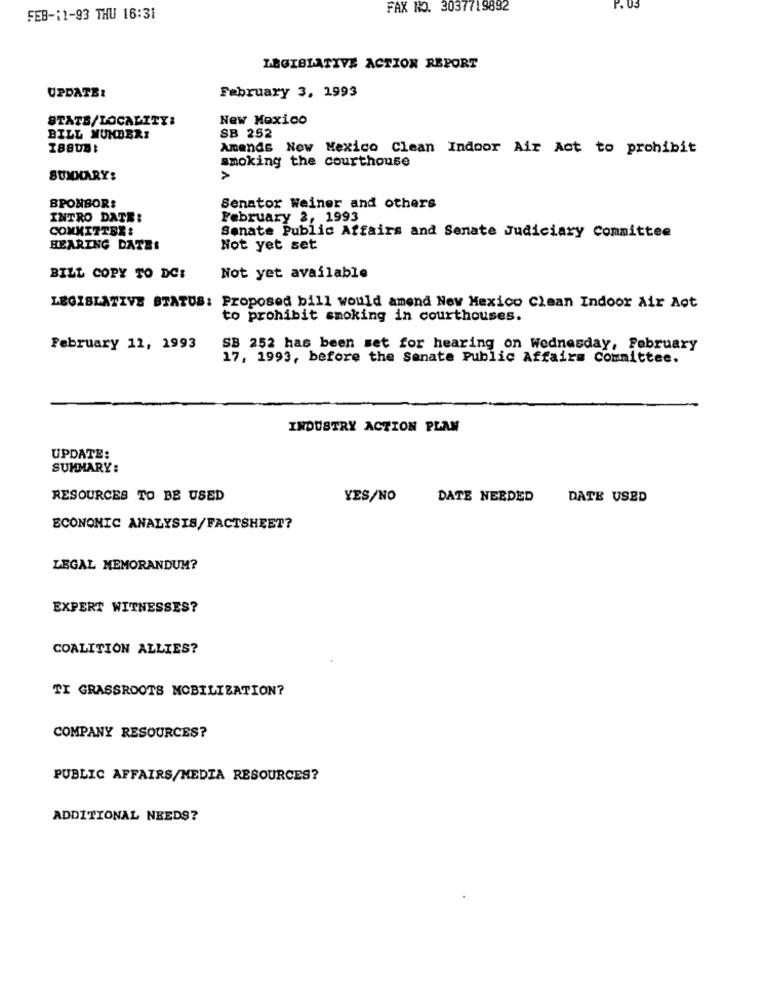
FAX NO. 3037719892
FEB-11-93 THU 16:31
LEGISLATIVE ACTION REPORT
February 3, 1993
UPDATE:
STATS/LOCALITY:
New Mexico
SB 252
BILL NUMBERI
I8808:
Amends New Mexico Clean Indoor Air Act to prohibit
smoking the courthouse
SUMMARY:
>
SPONSOR:
Senator Weiner and others
INTRO DATE:
February 2, 1993
COMMITTEE :
Senate Public Affairs and Senate Judiciary Committee
HEARING DATE:
Not yet set
BILL COPY TO DC:
Not yet available
LEGISLATIVE STATUS: Proposed bill would amend New Mexico Clean Indoor Air Act
to prohibit smoking in courthouses.
February 11, 1993
SB 252 has been set for hearing on Wednesday, February
17, 1993, before the Senate Public Affairs Committee.
INDUSTRY ACTION PLAN
UPDATE:
SUMMARY :
RESOURCES TO BE USED
YES/NO
DATE NEEDED
DATE USED
ECONOMIC ANALYSIS/FACTSHEET?
LEGAL MEMORANDUM?
EXPERT WITNESSES?
COALITION ALLIES?
TI GRASSROOTS MOBILIZATION?
COMPANY RESOURCES?
PUBLIC AFFAIRS/MEDIA RESOURCES?
ADDITIONAL NEEDS?